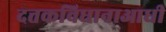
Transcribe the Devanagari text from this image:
दत्तकविधानाआधी